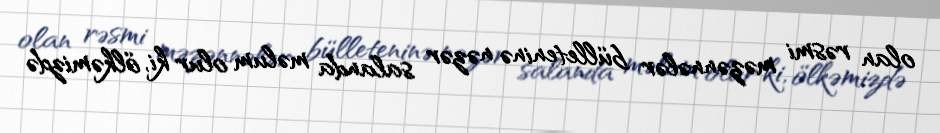
olan rəsmi məzənnələr bülleteninə nəzər salanda məlum olur ki, ölkəmizdə